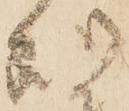
処